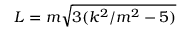
L = m \sqrt { 3 ( k ^ { 2 } / m ^ { 2 } - 5 ) }